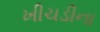
ખીચડીના